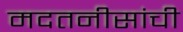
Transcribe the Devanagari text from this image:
मदतनीसांची